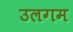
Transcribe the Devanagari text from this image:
उलगम